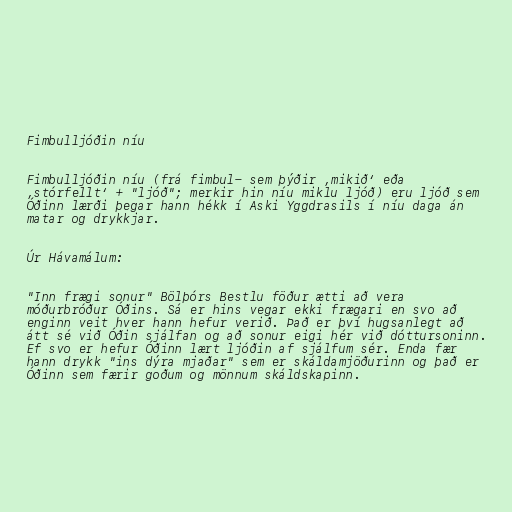
Fimbulljóðin níu

Fimbulljóðin níu (frá fimbul- sem þýðir ‚mikið‘ eða
‚stórfellt‘ + "ljóð"; merkir hin níu miklu ljóð) eru ljóð sem
Óðinn lærði þegar hann hékk í Aski Yggdrasils í níu daga án
matar og drykkjar.

Úr Hávamálum:

"Inn frægi sonur" Bölþórs Bestlu föður ætti að vera
móðurbróður Óðins. Sá er hins vegar ekki frægari en svo að
enginn veit hver hann hefur verið. Það er því hugsanlegt að
átt sé við Óðin sjálfan og að sonur eigi hér við dóttursoninn.
Ef svo er hefur Óðinn lært ljóðin af sjálfum sér. Enda fær
hann drykk "ins dýra mjaðar" sem er skáldamjöðurinn og það er
Óðinn sem færir goðum og mönnum skáldskapinn.